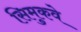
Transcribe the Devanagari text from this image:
सिमुकवे